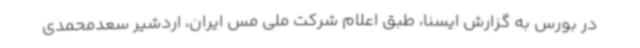
در بورس به گزارش ایسنا، طبق اعلام شرکت ملی مس ایران، اردشیر سعدمحمدی